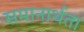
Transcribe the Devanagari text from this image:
समानार्थता